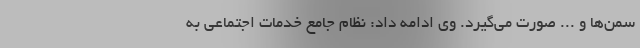
سمن‌ها و ... صورت می‌گیرد. وی ادامه داد: نظام جامع خدمات اجتماعی به